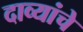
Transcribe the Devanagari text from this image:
दाव्यांचे